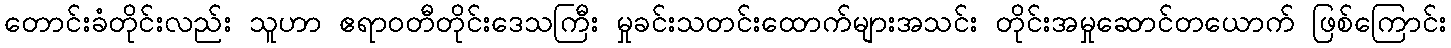
တောင်းခံတိုင်းလည်း သူဟာ ဧရာဝတီတိုင်းဒေသကြီး မှုခင်းသတင်းထောက်များအသင်း တိုင်းအမှုဆောင်တယောက် ဖြစ်ကြောင်း